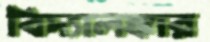
বিদ্যালঙ্কার